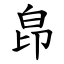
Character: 皍